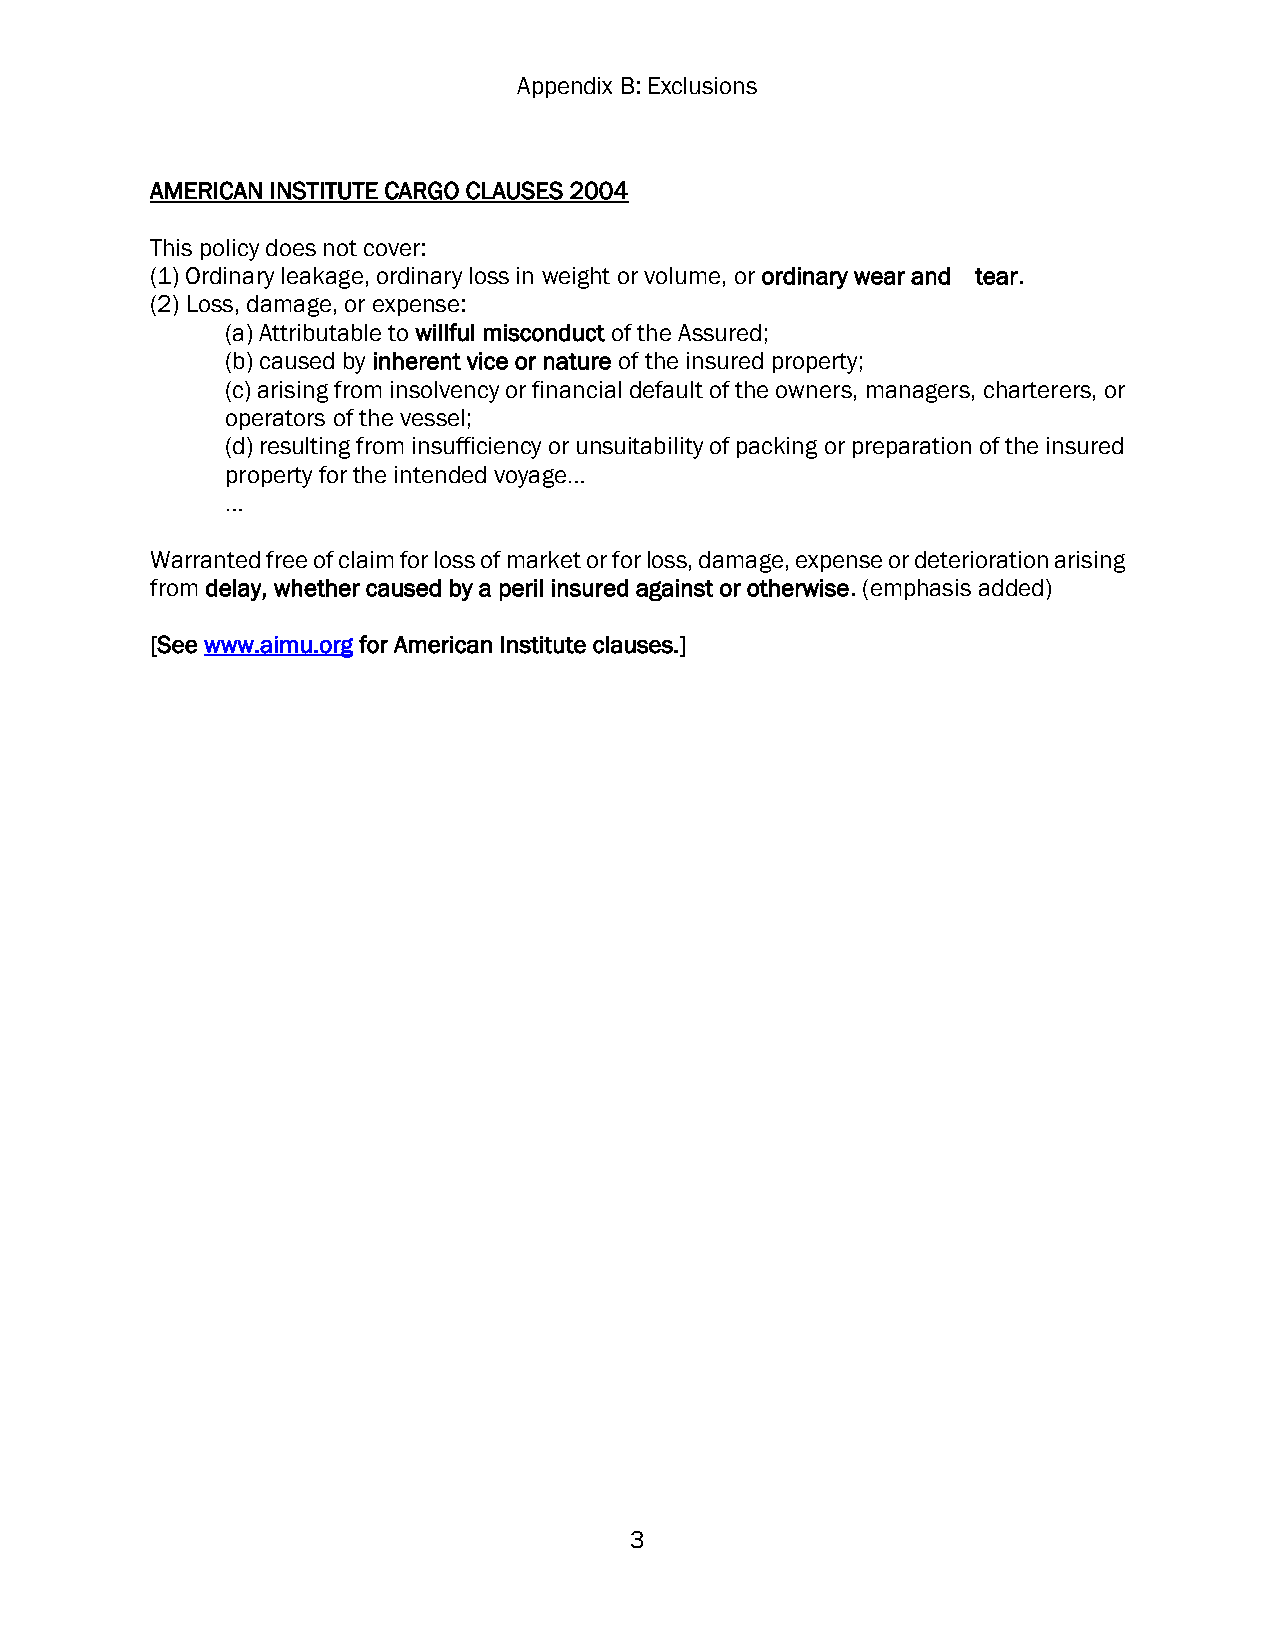
Appendix B: Exclusions
 AMERICAN INSTITUTE CARGO CLAUSES 2004
 This policy does not cover:
 (1) Ordinary leakage, ordinary loss in weight or volume, or ordinary wear and tear.
 (2) Loss, damage, or expense:
 (a) Attributable to willful misconduct of the Assured;
 (b) caused by inherent vice or nature of the insured property;
 (c) arising from insolvency or financial default of the owners, managers, charterers, or
 operators of the vessel;
 (d) resulting from insufficiency or unsuitability of packing or preparation of the insured
 property for the intended voyage…
 …
 Warranted free of claim for loss of market or for loss, damage, expense or deterioration arising
 from delay, whether caused by a peril insured against or otherwise. (emphasis added)
 [See www.aimu.org for American Institute clauses.]
 3